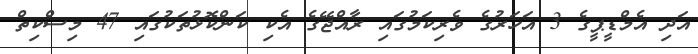
އަދި އެމްޑީޕީގެ 3 އަހަރުގެ ވެރިކަމުގައި ރާއްޖޭގެ އެކި ކަންކޮޅުތަކުގައި 47 މިސްކިތް